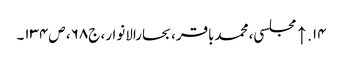
۱۴. ↑ مجلسی، محمدباقر، بحارالانوار، ج۶۸، ص۱۳۴۔